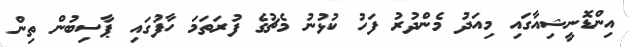
އިންޑޮނީޝިއާގައި މިއަދު މެންދުރު ފަހު ކުޅުނު މެޗުގެ ފުރަތަމަ ހާފުގައި ޕާސިބުން ތިން